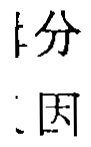
分
因